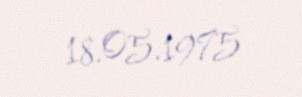
18.05.1975